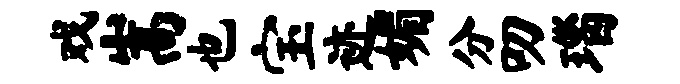
戏嵩也宝迹媚分叨瑙